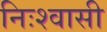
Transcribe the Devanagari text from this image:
निःश्वासी